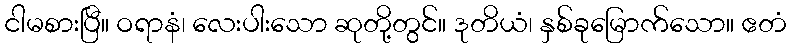
ငါမစားပြီ။ ဝရာနံ၊ လေးပါးသော ဆုတို့တွင်။ ဒုတိယံ၊ နှစ်ခုမြောက်သော။ ဧတံ